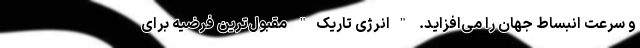
و سرعت انبساط جهان را می‌افزاید. "انرژی تاریک" مقبول‌ترین فرضیه برای